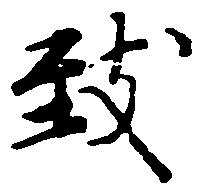
致